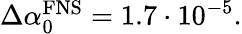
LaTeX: \begin{array}{r}{\Delta\alpha_{0}^{\mathrm{FNS}}=1.7\cdot 10^{-5}.}\end{array}